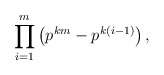
\begin{align*}\prod_{i=1}^m \left(p^{km}-p^{k(i-1)}\right),\end{align*}